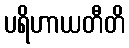
ပရိဟာယတီတိ